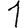
Digit: 1